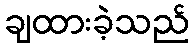
ချထားခဲ့သည်